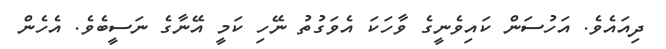
ދިއައެވެ. އަހުސަން ކައިވެނީގެ ވާހަކަ އެވަގުތު ނޭހި ކަމީ އޭނާގެ ނަސީބެވެ. އެހެން